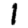
Digit: 1